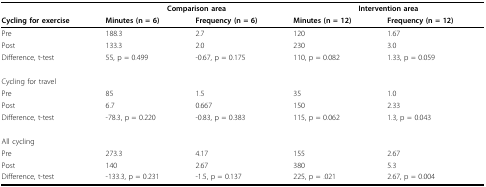
|  | <COLSPAN=2> Comparison area | <COLSPAN=2> Intervention area |
 | Cycling for exercise | Minutes (n = 6) | Frequency (n = 6) | Minutes (n = 12) | Frequency (n = 12) |
 | --- | --- | --- | --- | --- |
 | Pre | 188.3 | 2.7 | 120 | 1.67 |
 | Post | 133.3 | 2.0 | 230 | 3.0 |
 | Difference, t-test | 55, p = 0.499 | -0.67, p = 0.175 | 110, p = 0.082 | 1.33, p = 0.059 |
 | Cycling for travel |  |  |  |  |
 | Pre | 85 | 1.5 | 35 | 1.0 |
 | Post | 6.7 | 0.667 | 150 | 2.33 |
 | Difference, t-test | -78.3, p = 0.220 | -0.83, p = 0.383 | 115, p = 0.062 | 1.3, p = 0.043 |
 | All cycling |  |  |  |  |
 | Pre | 273.3 | 4.17 | 155 | 2.67 |
 | Post | 140 | 2.67 | 380 | 5.3 |
 | Difference, t-test | -133.3, p = 0.231 | -1.5, p = 0.137 | 225, p = .021 | 2.67, p = 0.004 |